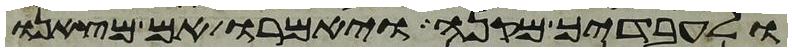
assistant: ולעבדיך מקנה ויאמרו אם מצאנו